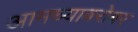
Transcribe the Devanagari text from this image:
आमच्याबरोबर